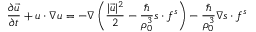
\frac { \partial \vec { u } } { \partial t } + \boldsymbol { u } \cdot \boldsymbol { \nabla } \boldsymbol { u } = - \boldsymbol { \nabla } \left( \frac { | \vec { u } | ^ { 2 } } { 2 } - \frac { \hbar } { \rho _ { 0 } ^ { 3 } } \boldsymbol { s } \cdot \boldsymbol { f } ^ { s } \right) - \frac { \hbar } { \rho _ { 0 } ^ { 3 } } \boldsymbol { \nabla } \boldsymbol { s } \cdot \boldsymbol { f } ^ { s }